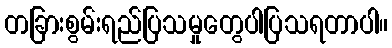
တခြားစွမ်းရည်ပြသမှုတွေပါပြသရတာပါ။